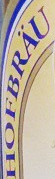
HOFBRAU